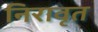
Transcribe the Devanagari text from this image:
निरावृत